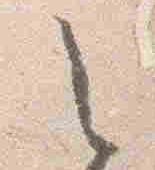
之